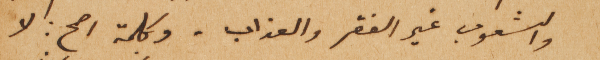
والشعوب غير الفقر والعذاب. وكلمة اصح: لا